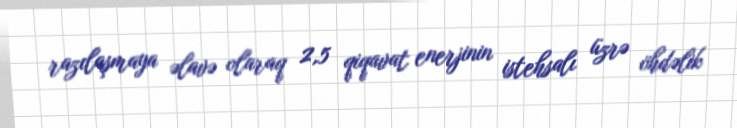
razılaşmaya əlavə olaraq 2,5 qiqavat enerjinin istehsalı üzrə öhdəlik